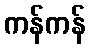
ကန်ကန်